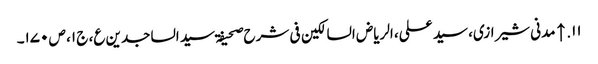
۱۱. ↑ مدنی شیرازی، سید علی، الریاض السالکین فی شرح صحیفۃ سید الساجدین ع، ج ۱، ص ۱۷۰۔